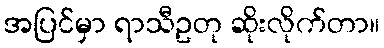
အပြင်မှာ ရာသီဥတု ဆိုးလိုက်တာ။